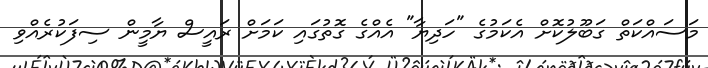
މަސައްކަތް ގަބޫލުކޮށް އެކަމުގެ "ހަދިޔާ" އެއްގެ ގޮތުގައި ކަމަށް ރައީސް ޔާމީން ސިފަކުރެއްވި